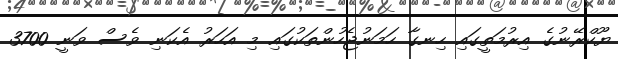
ޔޫކްރޭނުގެ އިރުމަތީގައި ހިނގާ ހަމަނުޖެހުންތަކުގައި މި އަހަރު އެކަނި ވެސް ވަނީ 3700